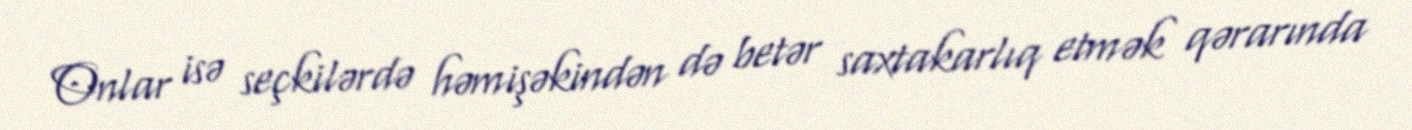
Onlar isə seçkilərdə həmişəkindən də betər saxtakarlıq etmək qərarında